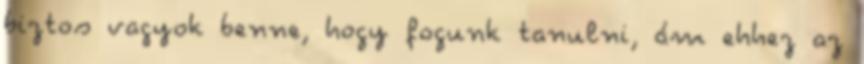
biztos vagyok benne, hogy fogunk tanulni, ám ehhez az